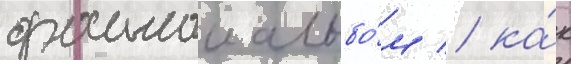
данныи альбо́м / ка́к